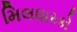
મિલધારકો